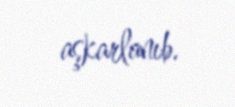
aşkarlanıb.